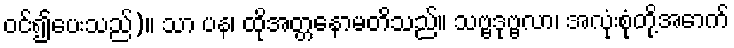
ဝင်၍ပေးသည်)။ သာ ပန၊ ထိုအတ္တနောမတိသည်။ သဗ္ဗဒုဗ္ဗလာ၊ အလုံးစုံတို့အောက်